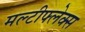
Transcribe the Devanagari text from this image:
मल्टीफ्लेक्स